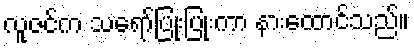
လူဇင်က သရော်ပြုံးပြုံးကာ နားထောင်သည်။